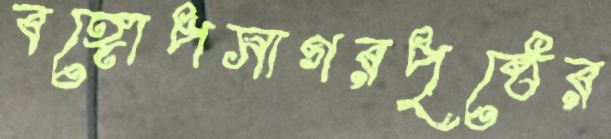
বঙ্গোপসাগরপৃষ্ঠের